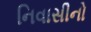
નિવાસીનો